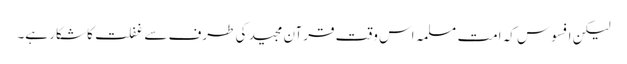
لیکن افسوس کہ امت مسلمہ اس وقت قرآن مجید کی طرف سے غفلت کا شکار ہے۔